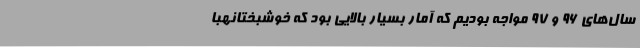
سال‌های 96 و 97 مواجه بودیم که آمار بسیار بالایی بود که خوشبختانهبا